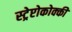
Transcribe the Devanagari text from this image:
स्ट्रेप्टोकोक्की